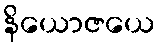
နိယောဇယေ